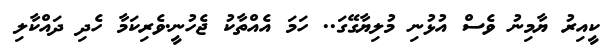
ކީއިރު ޔާމިނު ވެސް އުޅުނި މުލިޔާގޭގަ.. ހަމަ އެއްތާކު ޖެހުނީ.ވެރިކަމާ ހެދި ދައްކާލި